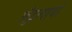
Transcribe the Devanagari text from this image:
फ़ुँइलायो